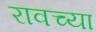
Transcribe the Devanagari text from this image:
रावच्या